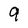
Character: 9